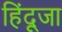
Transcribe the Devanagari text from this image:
हिंदूजा